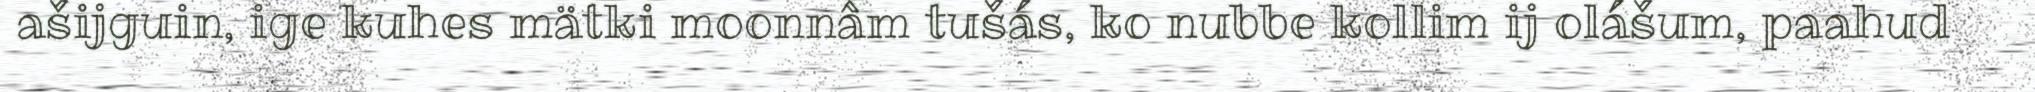
ašijguin, ige kuhes mätki moonnâm tušás, ko nubbe kollim ij olášum, paahud